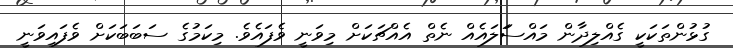
ގުޅުންތަކަކީ ގެއްލިދާން މައްސަަލައެއް ނެތް އެއްޗަކަށް މިވަނީ ވެފައެވެ. މިކަމުގެ ސަބަބަކަށް ވެފައިވަނީ